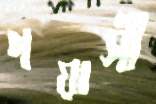
গয়াসী